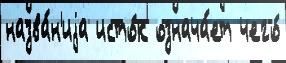
назва́н'иjа исто́к означа́ет чего́